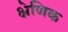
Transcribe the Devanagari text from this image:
क्ष्रेणिक